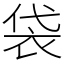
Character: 袋